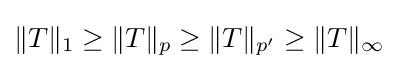
\|T\|_{1}\geq \|T\|_{p}\geq \|T\|_{p'}\geq \|T\|_{\infty }